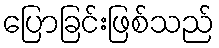
ပြောခြင်းဖြစ်သည်